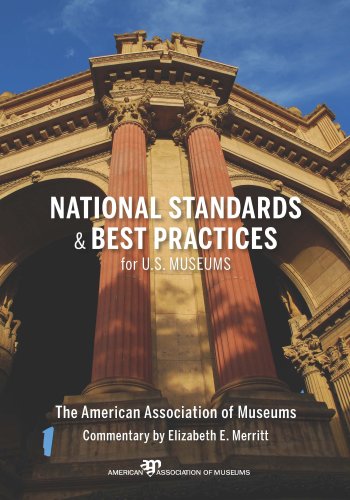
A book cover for National Standards and Best Practices for U.S. Museums; Elizabeth E. Merritt; Business & Money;